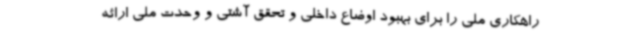
راهکاری ملی را برای بهبود اوضاع داخلی و تحقق آشتی و وحدت ملی ارائه